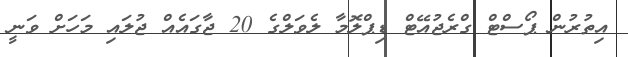
އިތުރުން ޕޯސްޓް ގްރެޖުއޭޓް ޑިޕްލޮމާ ލެވަލްގެ 20 ޖާގައެއް ޖުލައި މަހަށް ވަނީ